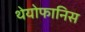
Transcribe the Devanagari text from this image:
थेयोफानिस